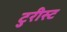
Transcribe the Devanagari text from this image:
टुरीस्ट